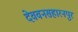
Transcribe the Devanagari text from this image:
देववनसहारनपुर